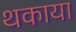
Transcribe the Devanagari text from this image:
थकाया